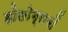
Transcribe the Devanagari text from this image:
होलोग्रामों